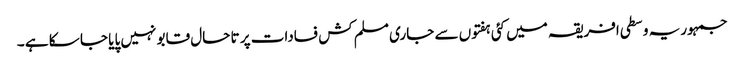
جمہوریہ وسطی افریقہ میں کئی ہفتوں سے جاری مسلم کش فسادات پر تا حال قابو نہیں پایا جا سکا ہے ۔